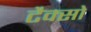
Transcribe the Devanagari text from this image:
टैक्सो